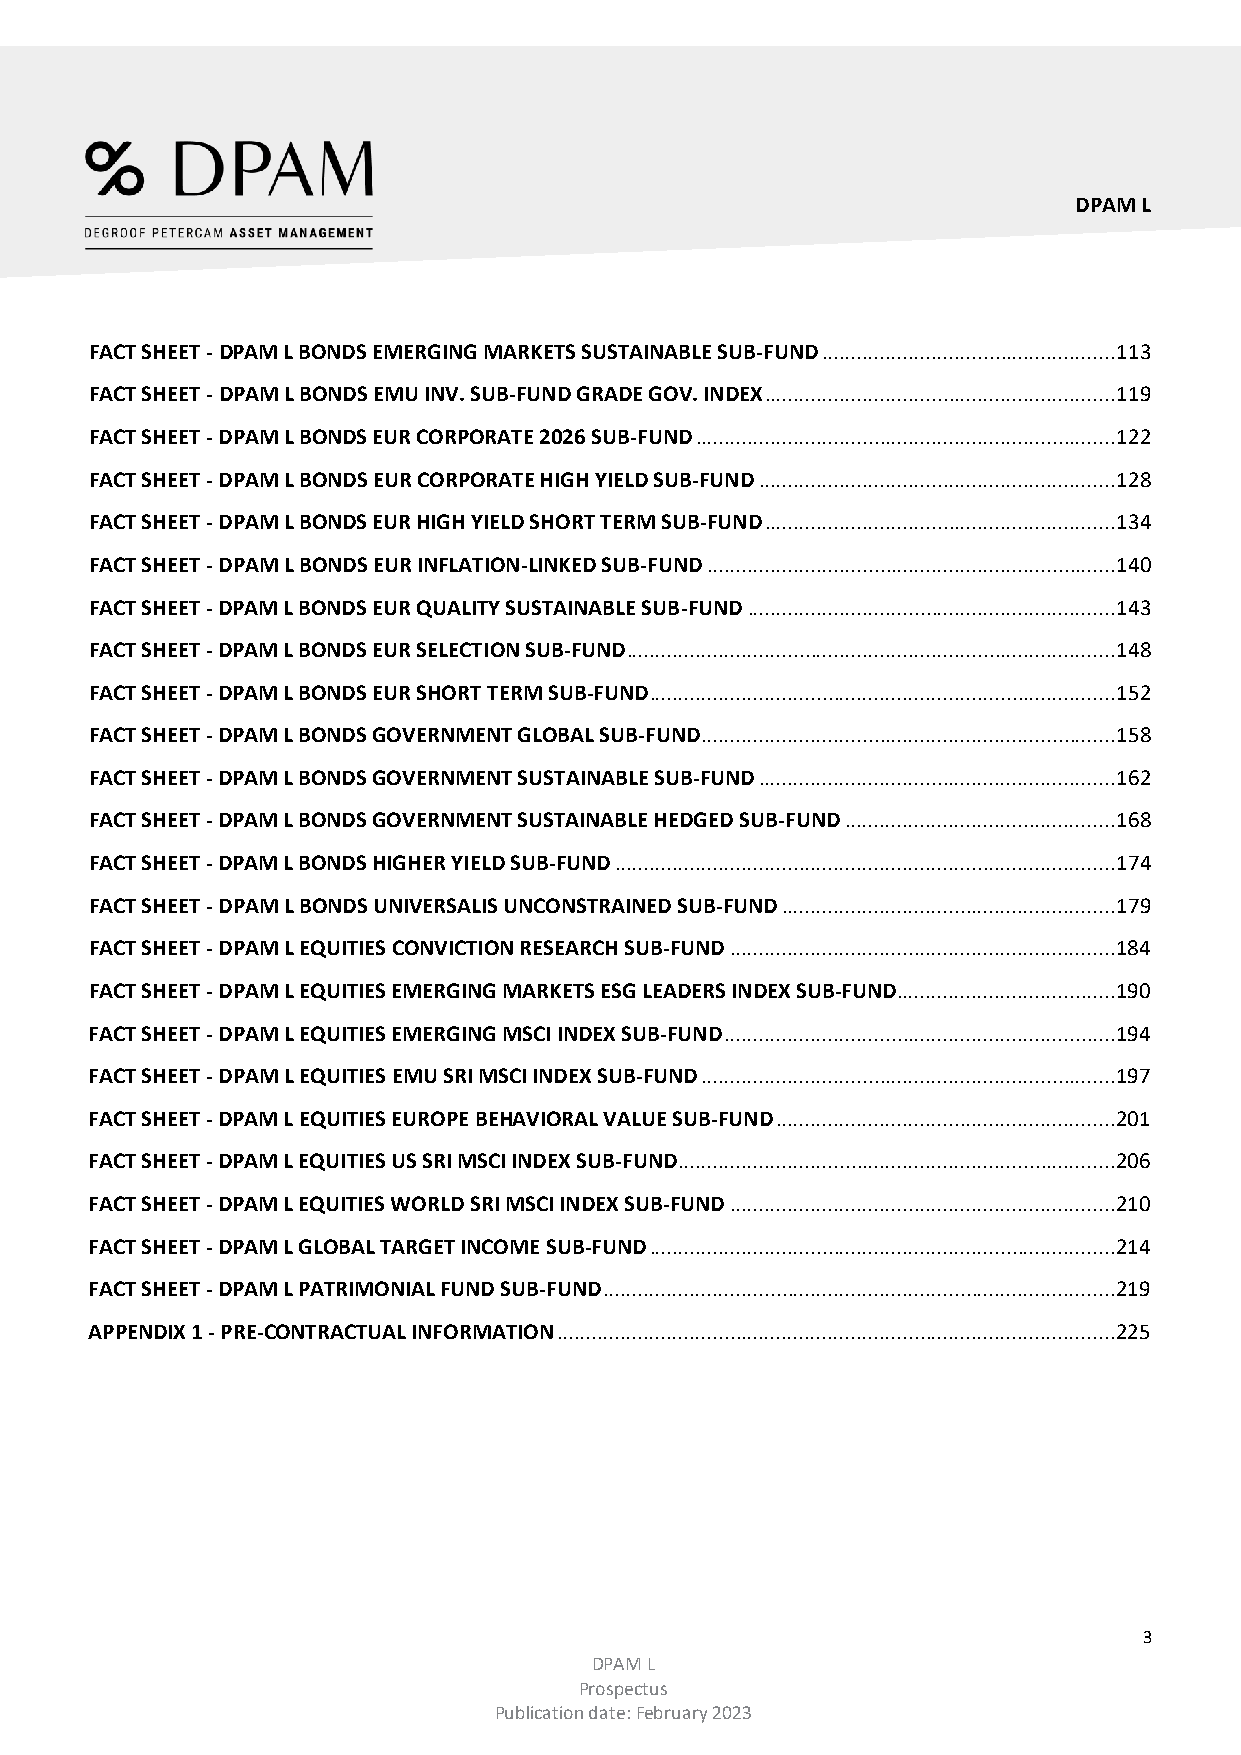
DPAM L
 FACT SHEET - DPAM L BONDS EMERGING MARKETS SUSTAINABLE SUB-FUND ................................................... 113
 FACT SHEET - DPAM L BONDS EMU INV. SUB-FUND GRADE GOV. INDEX ............................................................. 119
 FACT SHEET - DPAM L BONDS EUR CORPORATE 2026 SUB-FUND ......................................................................... 122
 FACT SHEET - DPAM L BONDS EUR CORPORATE HIGH YIELD SUB-FUND .............................................................. 128
 FACT SHEET - DPAM L BONDS EUR HIGH YIELD SHORT TERM SUB-FUND ............................................................. 134
 FACT SHEET - DPAM L BONDS EUR INFLATION-LINKED SUB-FUND ....................................................................... 140
 FACT SHEET - DPAM L BONDS EUR QUALITY SUSTAINABLE SUB-FUND ................................................................ 143
 FACT SHEET - DPAM L BONDS EUR SELECTION SUB-FUND ..................................................................................... 148
 FACT SHEET - DPAM L BONDS EUR SHORT TERM SUB-FUND ................................................................................. 152
 FACT SHEET - DPAM L BONDS GOVERNMENT GLOBAL SUB-FUND ........................................................................ 158
 FACT SHEET - DPAM L BONDS GOVERNMENT SUSTAINABLE SUB-FUND .............................................................. 162
 FACT SHEET - DPAM L BONDS GOVERNMENT SUSTAINABLE HEDGED SUB-FUND ............................................... 168
 FACT SHEET - DPAM L BONDS HIGHER YIELD SUB-FUND ....................................................................................... 174
 FACT SHEET - DPAM L BONDS UNIVERSALIS UNCONSTRAINED SUB-FUND .......................................................... 179
 FACT SHEET - DPAM L EQUITIES CONVICTION RESEARCH SUB-FUND ................................................................... 184
 FACT SHEET - DPAM L EQUITIES EMERGING MARKETS ESG LEADERS INDEX SUB-FUND ...................................... 190
 FACT SHEET - DPAM L EQUITIES EMERGING MSCI INDEX SUB-FUND .................................................................... 194
 FACT SHEET - DPAM L EQUITIES EMU SRI MSCI INDEX SUB-FUND ........................................................................ 197
 FACT SHEET - DPAM L EQUITIES EUROPE BEHAVIORAL VALUE SUB-FUND ........................................................... 201
 FACT SHEET - DPAM L EQUITIES US SRI MSCI INDEX SUB-FUND ............................................................................ 206
 FACT SHEET - DPAM L EQUITIES WORLD SRI MSCI INDEX SUB-FUND ................................................................... 210
 FACT SHEET - DPAM L GLOBAL TARGET INCOME SUB-FUND ................................................................................. 214
 FACT SHEET - DPAM L PATRIMONIAL FUND SUB-FUND ......................................................................................... 219
 APPENDIX 1 - PRE-CONTRACTUAL INFORMATION ................................................................................................. 225
 3
 DPAM L
 Prospectus
 Publication date: February 2023